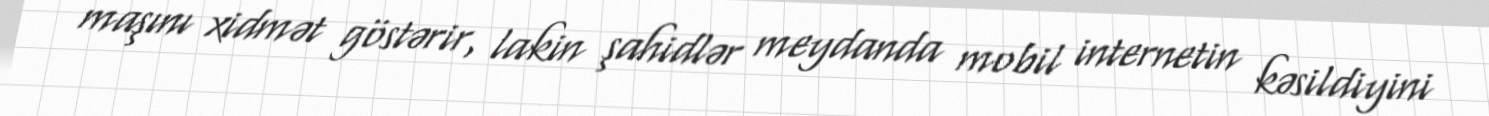
maşını xidmət göstərir, lakin şahidlər meydanda mobil internetin kəsildiyini